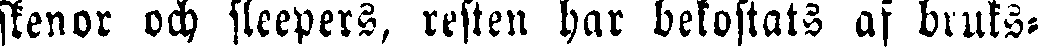
skenor och sleepers, resten har bekostats af bruks-